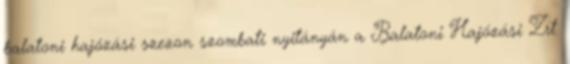
balatoni hajózási szezon szombati nyitányán a Balatoni Hajózási Zrt.